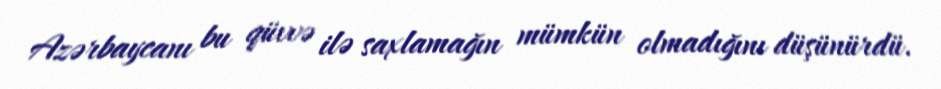
Azərbaycanı bu qüvvə ilə saxlamağın mümkün olmadığını düşünürdü.